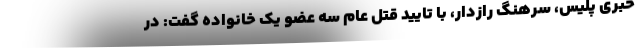
خبری پلیس، سرهنگ رازدار، با تایید قتل عام سه عضو یک خانواده گفت: در